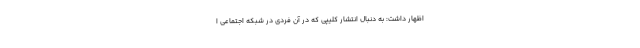
اظهار داشت: به دنبال انتشار کلیپی که در آن فردی در شبکه اجتماعی ا